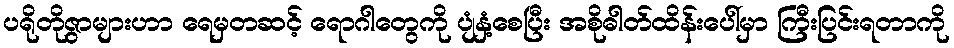
ပရိုတိုဇွာများဟာ ရေမှတဆင့် ရောဂါတွေကို ပျံနှံ့စေပြီး အစိုဓါတ်ထိန်းပေါ်မှာ ကြီးပြင်းရတာကို